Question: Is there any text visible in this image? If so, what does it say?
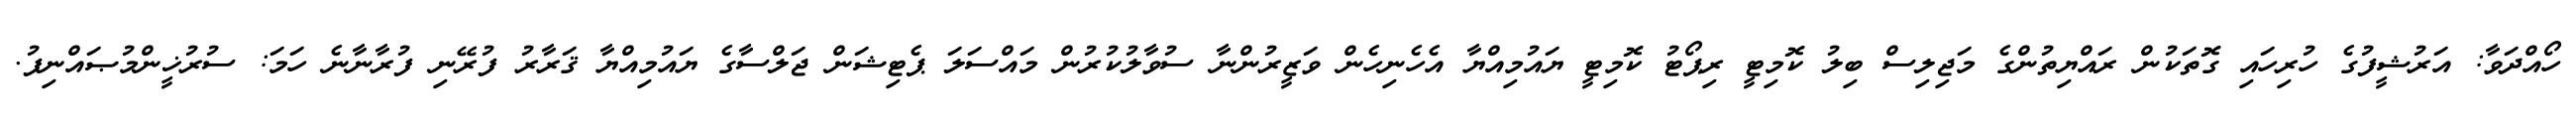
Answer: ހޯއްދަވާ: އަރުޝީފުގެ ހުރިހައި ގޮތަކުން ރައްޔިތުންގެ މަޖިލިސް ބިލު ކޮމިޓީ ރިޕޯޓު ކޮމިޓީ ޔައުމިއްޔާ އެހެނިހެން ވަޒީރުންނާ ސުވާލުކުރުން މައްސަލަ ޕެޓިޝަން ޖަލްސާގެ ޔައުމިއްޔާ ޤަރާރު ފުރޭނި ފުރާނާނެ ހަމަ: ސުރުޚީންމުޞައްނިފު.